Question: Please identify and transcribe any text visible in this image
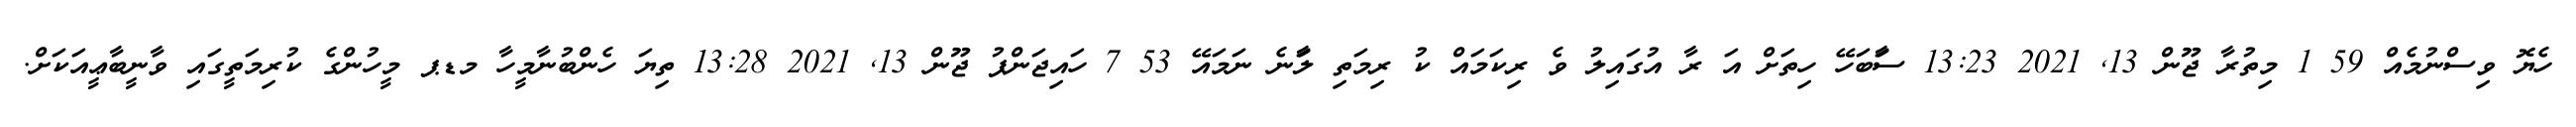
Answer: ހެޔޮ ވިސްނުމެއް 59 1 މިތުރާ ޖޫން 13, 2021 13:23 ސަާބަހޭ ހިތަށް އަ ރާ އުގައިލު ވެ ރިކަމައް ކު ރިމަތި ލާަނެ ނަމައޭ 53 7 ހައިޖަންޕު ޖޫން 13, 2021 13:28 ތިޔަ ހެންބުނާމީހާ މޑޕ މީހުންގެ ކުރިމަތީގައި ވާނީބާޢީއަކަށް.